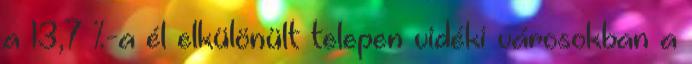
a 13,7 %-a él elkülönült telepen vidéki városokban a